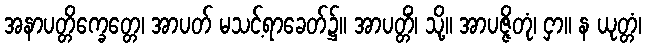
အနာပတ္တိက္ခေတ္တေ၊ အာပတ် မသင့်ရာခေတ်၌။ အာပတ္တိံ၊ သို့။ အာပဇ္ဇိတုံ၊ ငှာ။ န ယုတ္တံ၊